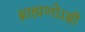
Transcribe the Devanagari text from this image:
ब्राह्मणोऽग्नी